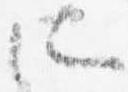
所